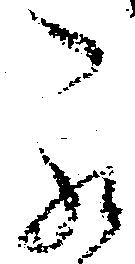
罷